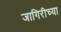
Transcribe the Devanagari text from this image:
जागिरीच्या